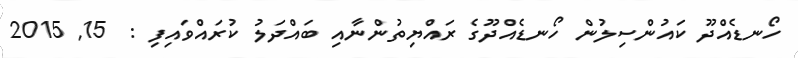
ހޯނޑެއްދޫ ކައުންސިލުން ހޯނޑެއްދޫގެ ރައްޔިތުންނާއި ބައްދަލު ކުރައްވައިފި :  15